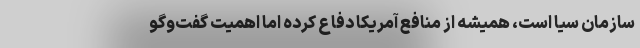
سازمان سیا است، همیشه از منافع آمریکا دفاع کرده اما اهمیت گفت‌وگو